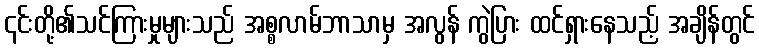
၎င်းတို့၏သင်ကြားမှုများသည် အစ္စလာမ်ဘာသာမှ အလွန် ကွဲပြား ထင်ရှားနေသည့် အချိန်တွင်